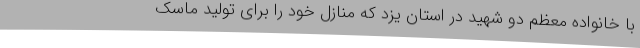
با خانواده معظم دو شهید در استان یزد که منازل خود را برای تولید ماسک